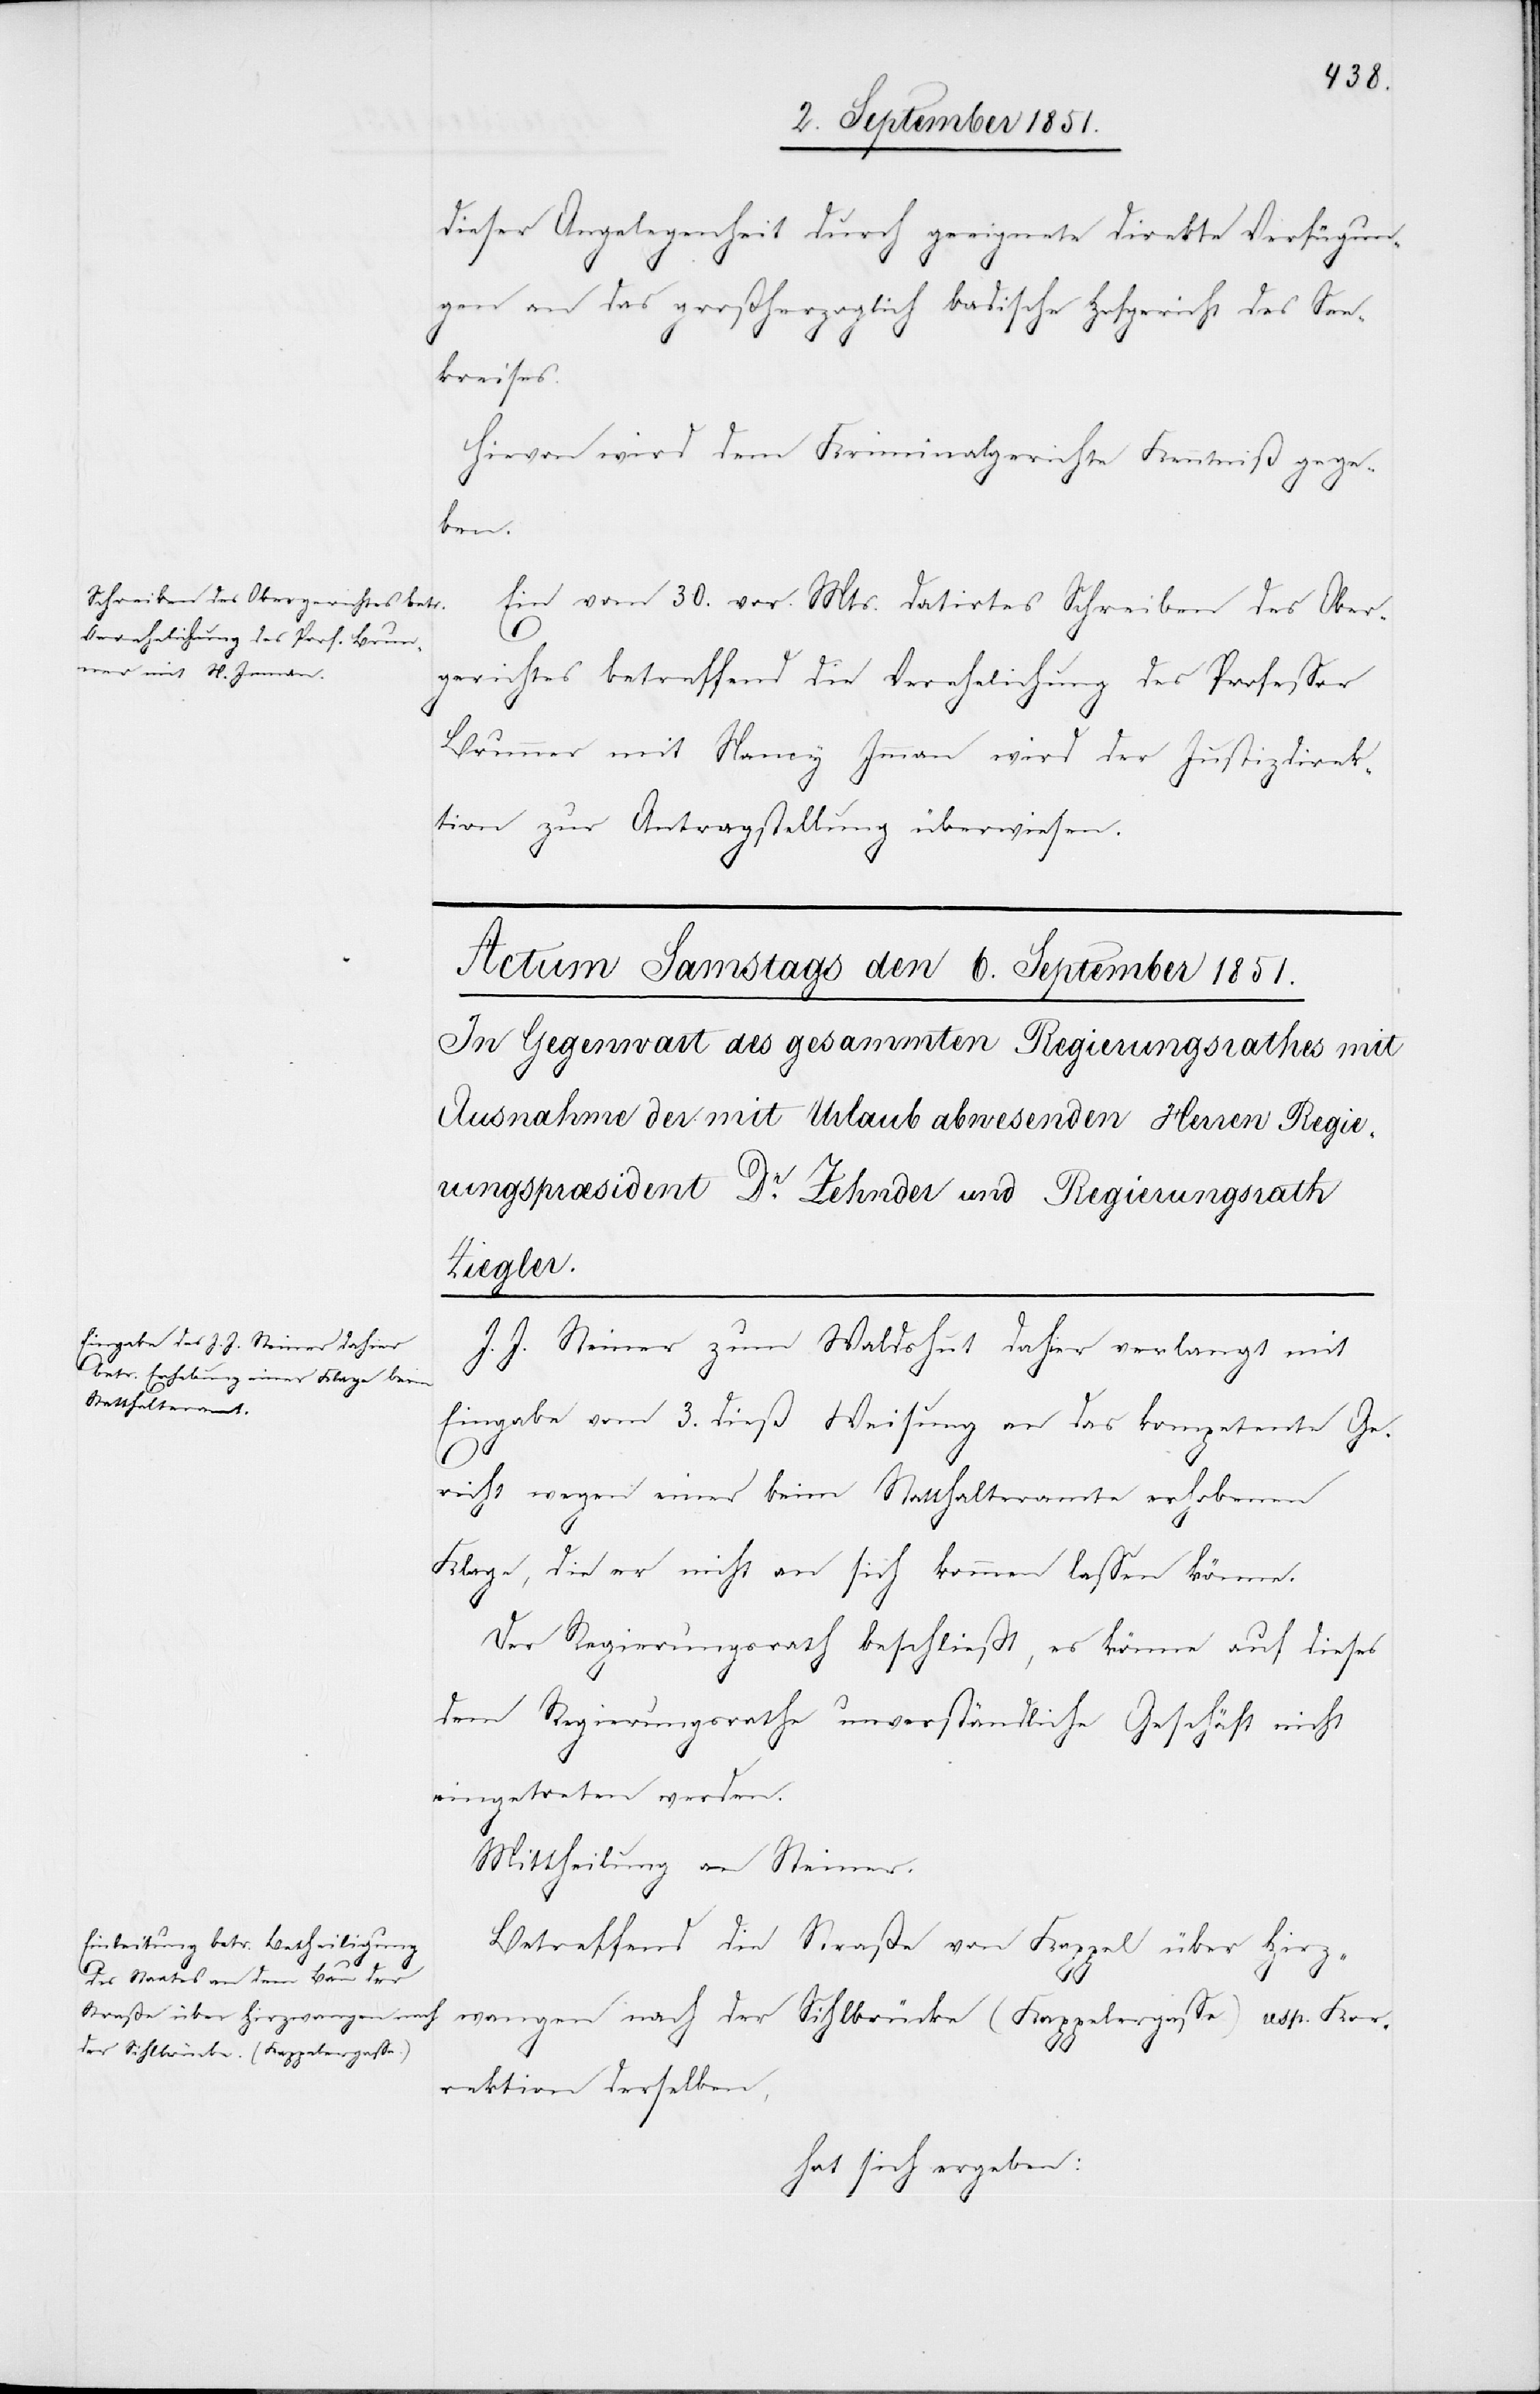
dieser Angelegenheit durch geeignete direkte Verfügun¬
4.
gen an das großherzoglich badische Hofgericht des See¬
kreises.
Hievon wird dem Kriminalgerichte Kenntniß gege¬
den
Ein vom 30. vor. Mts. datirtes Schreiben des Ober¬
gerichtes betreffend die Verehelichung des Professor
Brunner mit Nancy Imman wird der Justizdirek¬
tion zur Antragstellung überwiesen.
J. J. Steiner zum Waldshut dahier verlangt mit
Eingabe vom 3. dieß Weisung an das kompetente Ge¬
richt wegen einer beim Statthalteramte erhobenen
Klage, die er nicht an sich kommen lassen könne.
Der Regierungsrath beschließt, es könne auf dieses
dem Regierungsrathe unverständliche Geschäft nicht
eingetreten werden.
Mittheilung an Steiner.
Betreffend die Straße von Kappel über Hirz¬
wangen nach der Sihlbrücke (Kappelergasse) resp. Kor¬
rektion derselben,
hat sich ergeben: